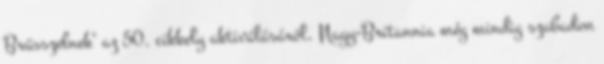
Brüsszelnek" az 50. cikkely aktiválásáról, Nagy-Britannia még mindig szabadon